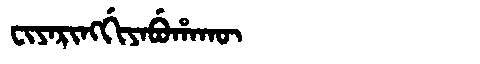
Manchu: ᠸᡳᠶᠠᡵᡳᠩᡤᡳᠶᠠᠪᡠᡥᠠᡴᡡ
Romanization: FIYARINGGIYABUHAKŪ